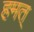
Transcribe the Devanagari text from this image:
हमत्